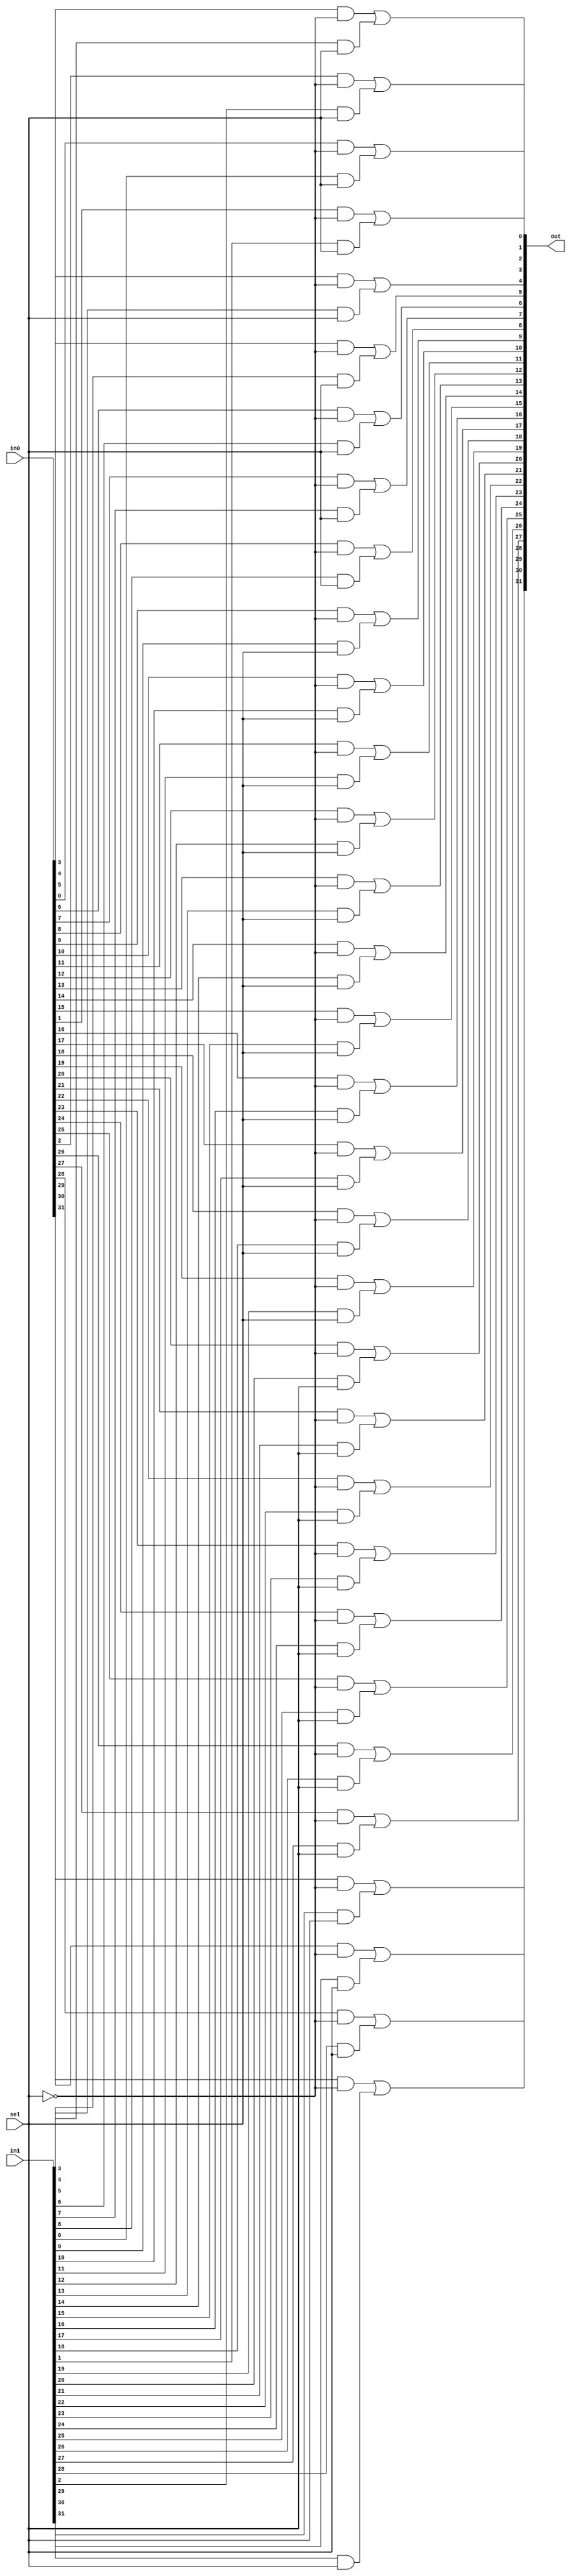
// Created by prof. Mingu Kang @VVIP Lab in UCSD ECE department
// Please do not spread this code without permission 
module fifo_mux_2_1(in0, in1, sel, out);

  parameter bw = 8;
  parameter simd = 4;

  input [simd*bw-1:0] in0;
  input [simd*bw-1:0] in1; 
  input sel;
  output [simd*bw-1:0] out;
  wire sbar; 
  wire [simd*bw-1:0] w1, w2, out;

  genvar i;

  not G01 (sbar, sel);

  for (i=0; i < simd*bw ; i=i+1) begin : gen
     and G0  (w1[i], in0[i], sbar);
     and G1  (w2[i], in1[i], sel);
     or  G2  (out[i], w1[i], w2[i]);
  end

 endmodule